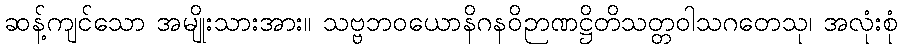
ဆန့်ကျင်သော အမျိုးသားအား။ သဗ္ဗဘဝယောနိဂနဝိဉာဏဋ္ဌိတိသတ္တဝါသဂတေသု၊ အလုံးစုံ